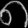
Digit: ၈